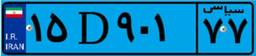
۶۳D۰۶۵۱۹